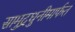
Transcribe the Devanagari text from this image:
सामुद्रधुनीमार्फत